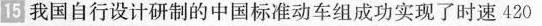
15 我国自行设计研制的中国标准动车组成功实现了时速420